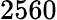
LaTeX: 2560